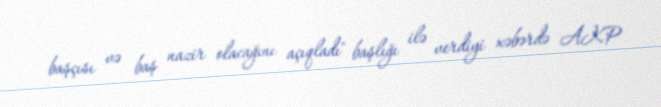
başçısı və baş nazir olacağını açıqladı" başlığı ilə verdiyi xəbərdə AKP